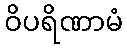
ဝိပရိဏာမံ